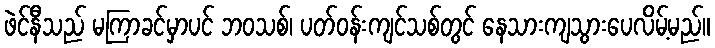
ဖဲင်နီသည် မကြာခင်မှာပင် ဘဝသစ်၊ ပတ်ဝန်းကျင်သစ်တွင် နေသားကျသွားပေလိမ့်မည်။